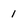
Character: 1